65_HS1-834228961_62-HQ-83894_SUB_A
Agency: FBI
Page 50
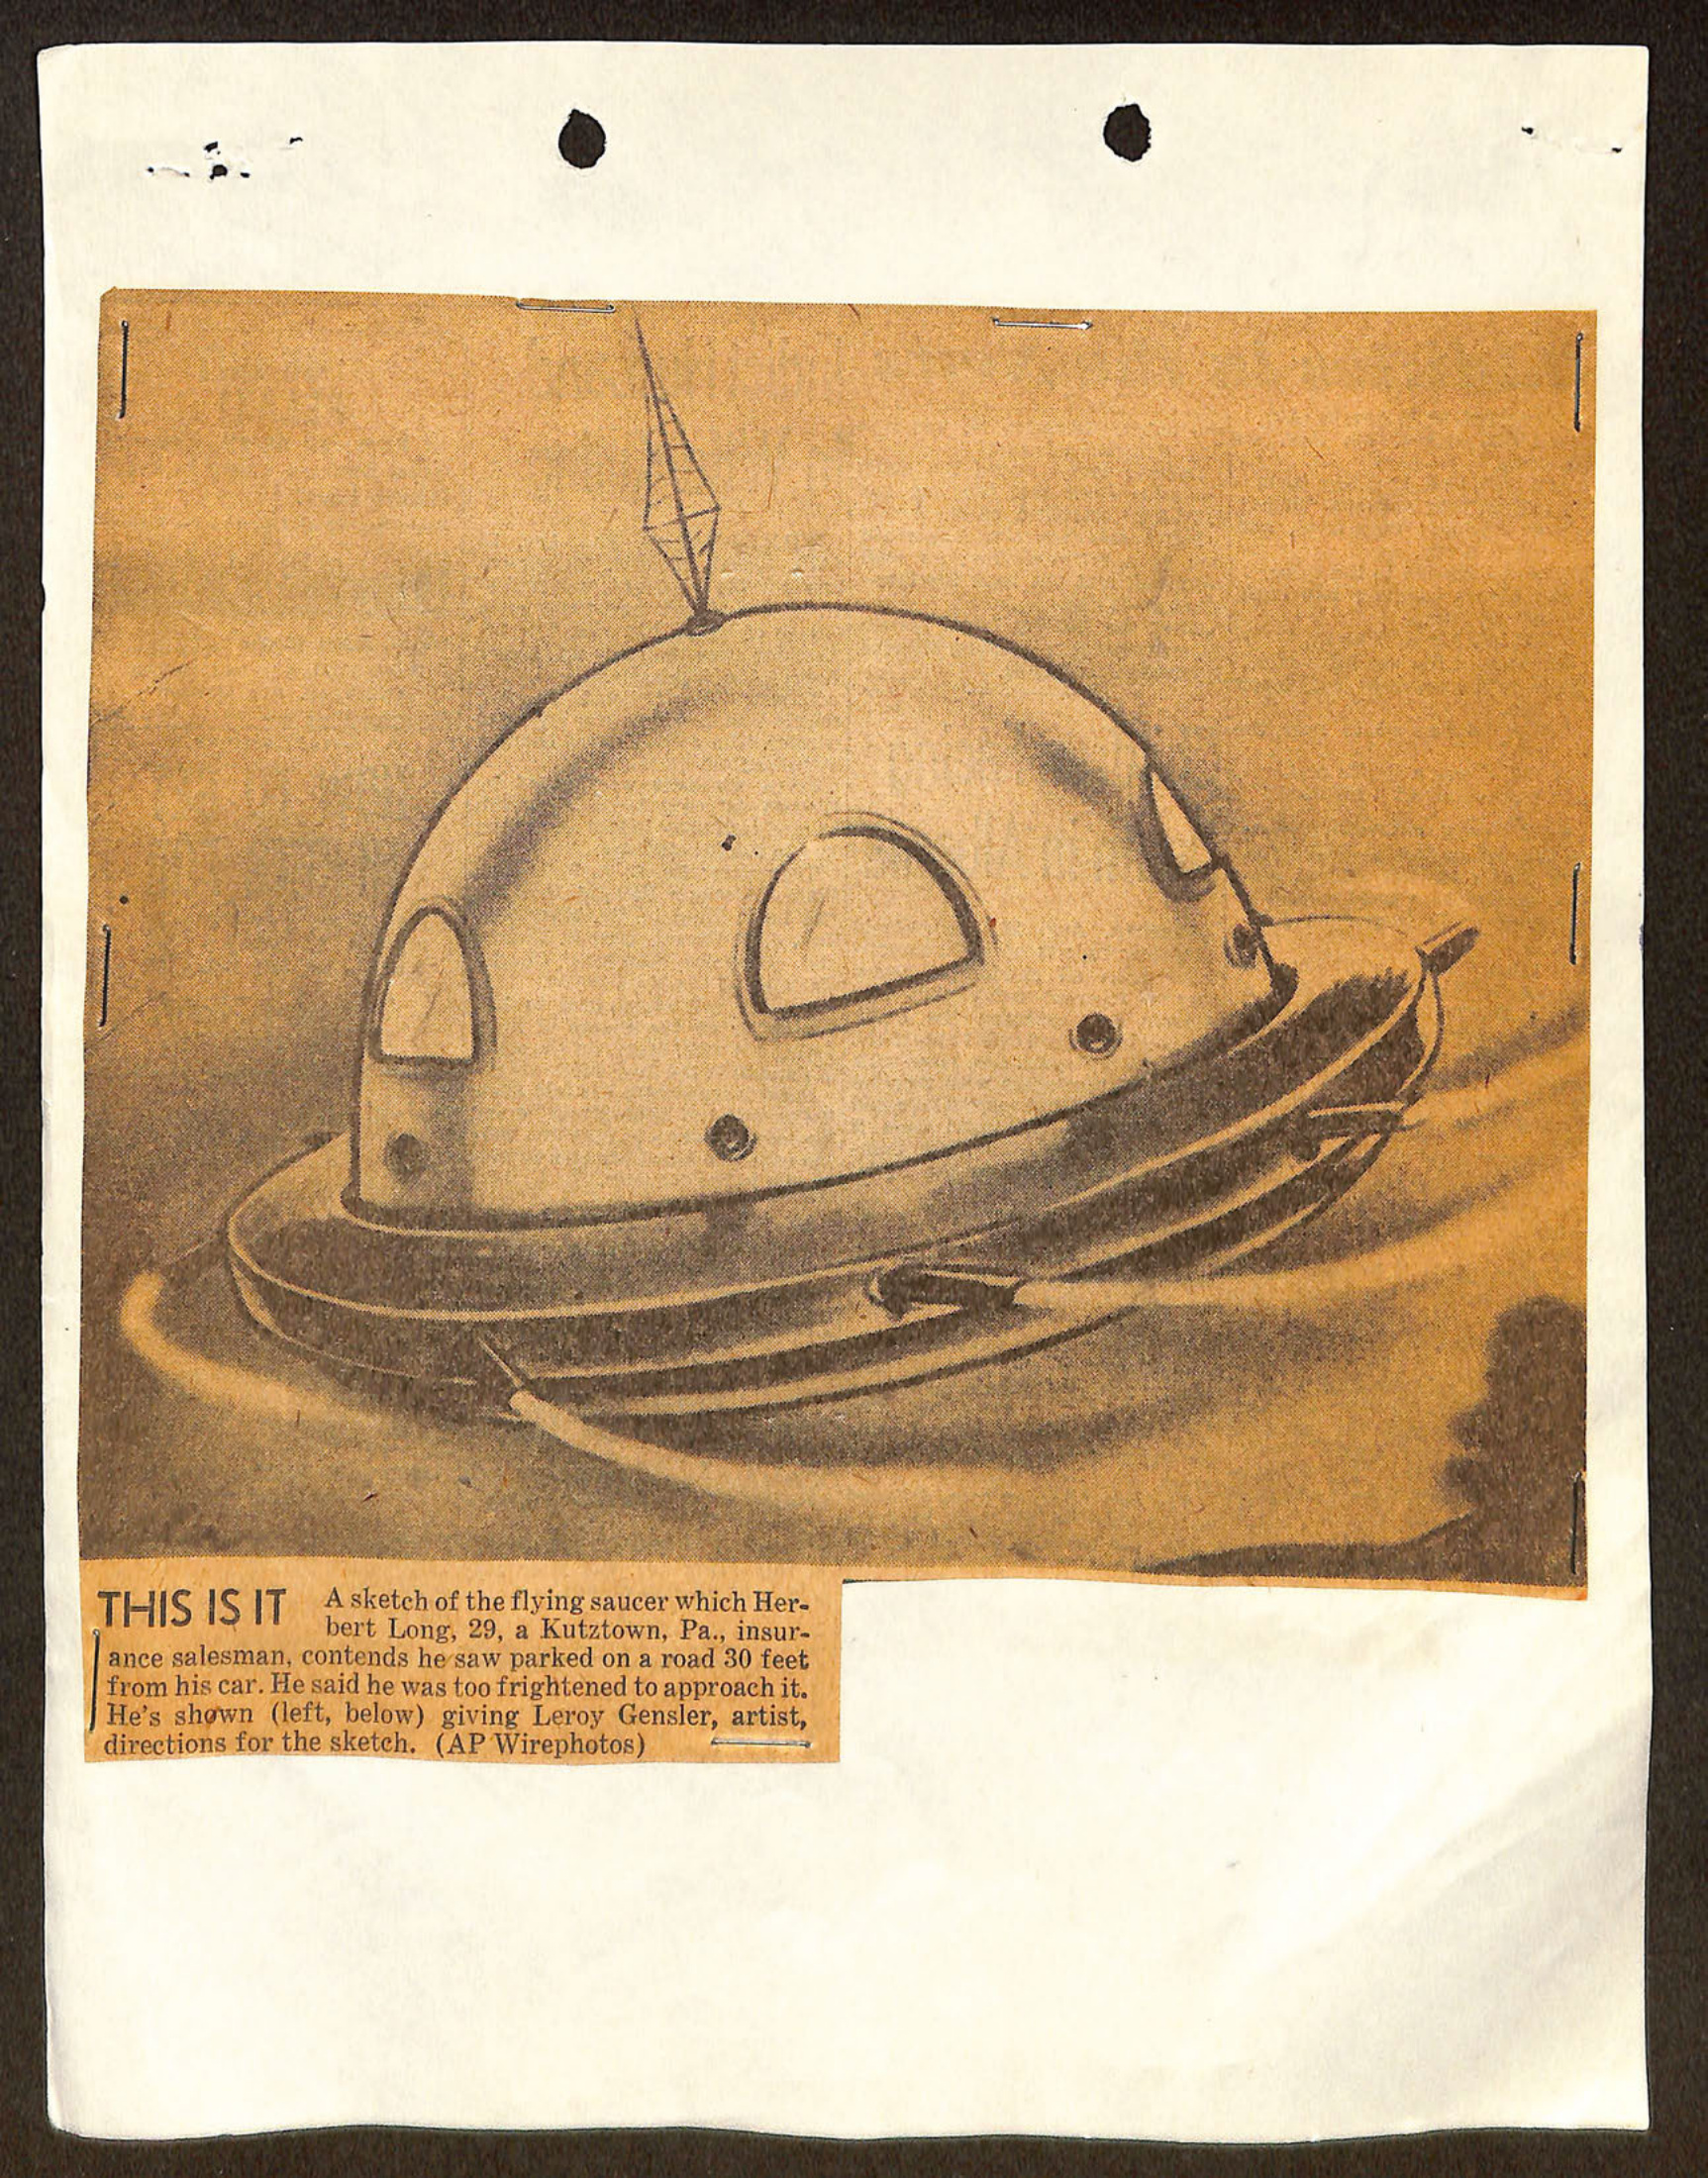